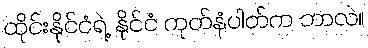
ထိုင်းနိုင်ငံရဲ့ နိုင်ငံ ကုတ်နံပါတ်က ဘာလဲ။